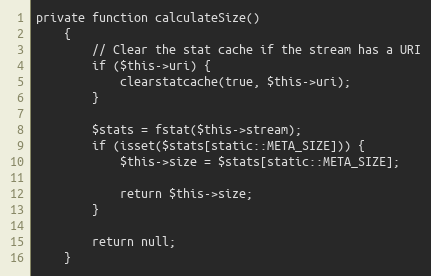
Language: PHP
private function calculateSize()
    {
        // Clear the stat cache if the stream has a URI
        if ($this->uri) {
            clearstatcache(true, $this->uri);
        }

        $stats = fstat($this->stream);
        if (isset($stats[static::META_SIZE])) {
            $this->size = $stats[static::META_SIZE];

            return $this->size;
        }

        return null;
    }